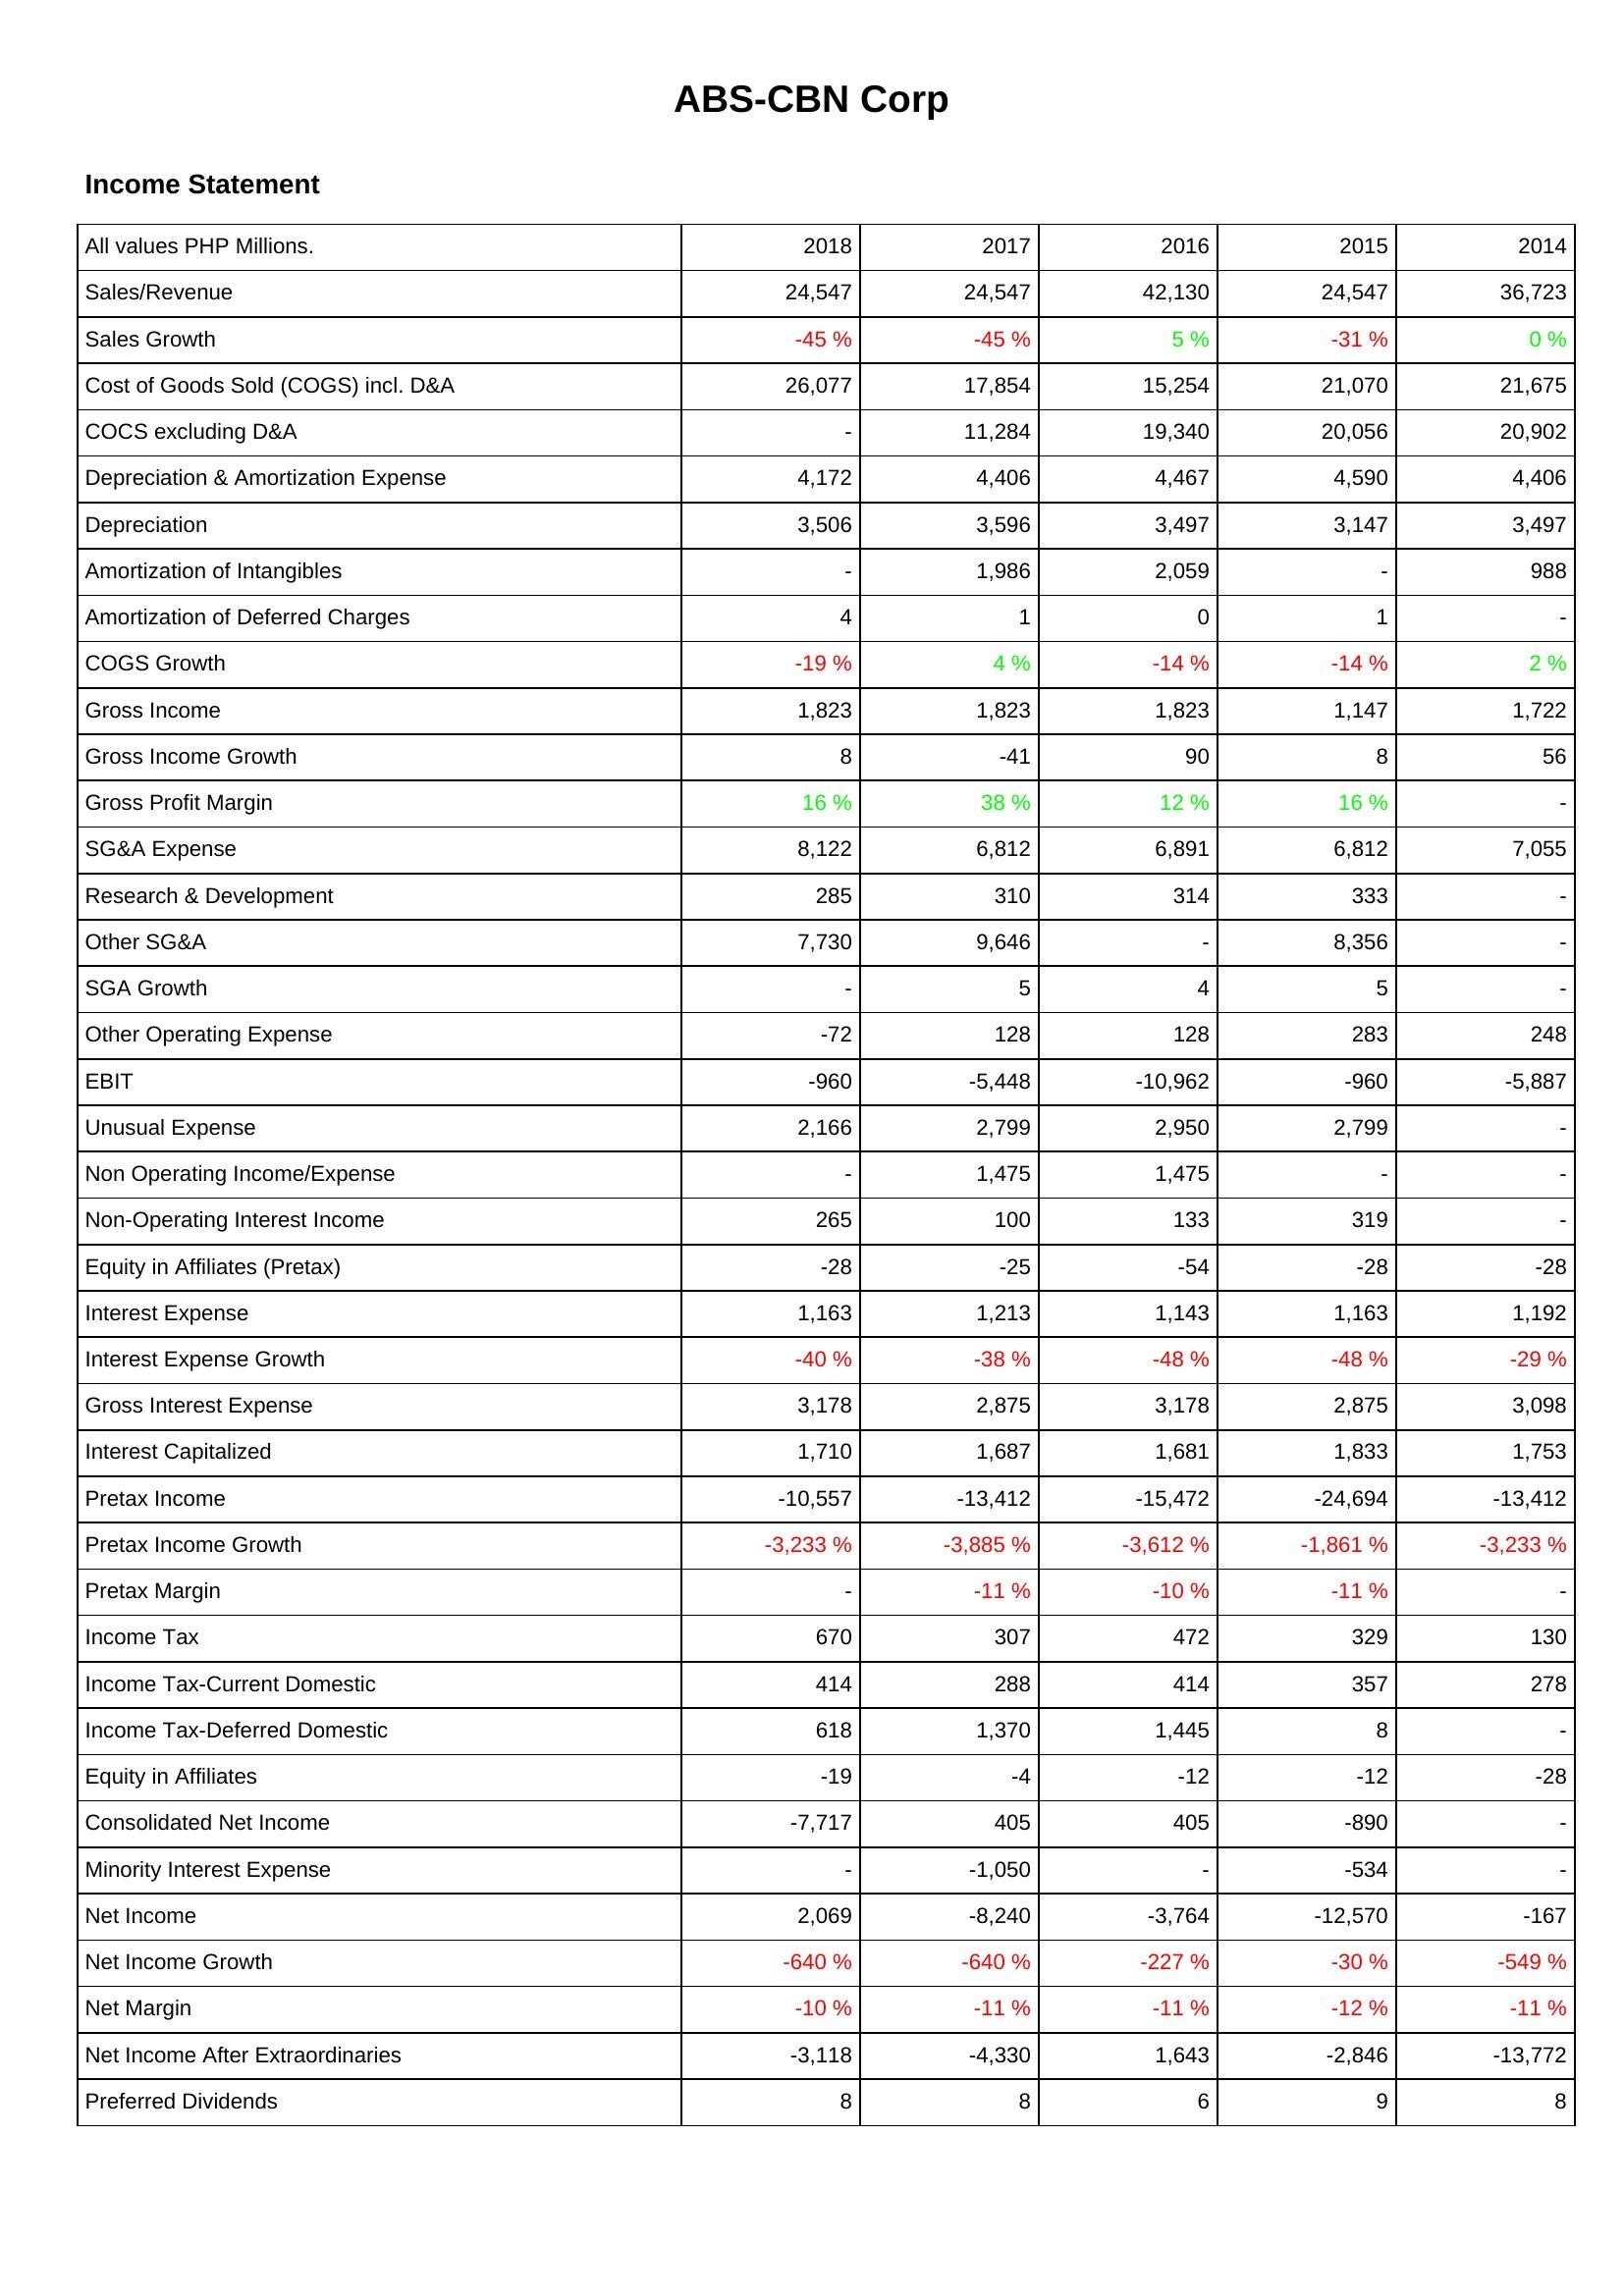
2018: Income Statement: Sales/Revenue: 24,547
Sales Growth: -45 %
Cost of Goods Sold (COGS) incl. D&A: 26,077
COCS excluding D&A: -
Depreciation & Amortization Expense: 4,172
Depreciation: 3,506
Amortization of Intangibles: -
Amortization of Deferred Charges: 4
COGS Growth: -19 %
Gross Income: 1,823
Gross Income Growth: 8
Gross Profit Margin: 16 %
SG&A Expense: 8,122
Research & Development: 285
Other SG&A: 7,730
SGA Growth: -
Other Operating Expense: -72
EBIT: -960
Unusual Expense: 2,166
Non Operating Income/Expense: -
Non-Operating Interest Income: 265
Equity in Affiliates (Pretax): -28
Interest Expense: 1,163
Interest Expense Growth: -40 %
Gross Interest Expense: 3,178
Interest Capitalized: 1,710
Pretax Income: -10,557
Pretax Income Growth: -3,233 %
Pretax Margin: -
Income Tax: 670
Income Tax-Current Domestic: 414
Income Tax-Deferred Domestic: 618
Equity in Affiliates: -19
Consolidated Net Income: -7,717
Minority Interest Expense: -
Net Income: 2,069
Net Income Growth: -640 %
Net Margin: -10 %
Net Income After Extraordinaries: -3,118
Preferred Dividends: 8
2017: Income Statement: Sales/Revenue: 24,547
Sales Growth: -45 %
Cost of Goods Sold (COGS) incl. D&A: 17,854
COCS excluding D&A: 11,284
Depreciation & Amortization Expense: 4,406
Depreciation: 3,596
Amortization of Intangibles: 1,986
Amortization of Deferred Charges: 1
COGS Growth: 4 %
Gross Income: 1,823
Gross Income Growth: -41
Gross Profit Margin: 38 %
SG&A Expense: 6,812
Research & Development: 310
Other SG&A: 9,646
SGA Growth: 5
Other Operating Expense: 128
EBIT: -5,448
Unusual Expense: 2,799
Non Operating Income/Expense: 1,475
Non-Operating Interest Income: 100
Equity in Affiliates (Pretax): -25
Interest Expense: 1,213
Interest Expense Growth: -38 %
Gross Interest Expense: 2,875
Interest Capitalized: 1,687
Pretax Income: -13,412
Pretax Income Growth: -3,885 %
Pretax Margin: -11 %
Income Tax: 307
Income Tax-Current Domestic: 288
Income Tax-Deferred Domestic: 1,370
Equity in Affiliates: -4
Consolidated Net Income: 405
Minority Interest Expense: -1,050
Net Income: -8,240
Net Income Growth: -640 %
Net Margin: -11 %
Net Income After Extraordinaries: -4,330
Preferred Dividends: 8
2016: Income Statement: Sales/Revenue: 42,130
Sales Growth: 5 %
Cost of Goods Sold (COGS) incl. D&A: 15,254
COCS excluding D&A: 19,340
Depreciation & Amortization Expense: 4,467
Depreciation: 3,497
Amortization of Intangibles: 2,059
Amortization of Deferred Charges: 0
COGS Growth: -14 %
Gross Income: 1,823
Gross Income Growth: 90
Gross Profit Margin: 12 %
SG&A Expense: 6,891
Research & Development: 314
Other SG&A: -
SGA Growth: 4
Other Operating Expense: 128
EBIT: -10,962
Unusual Expense: 2,950
Non Operating Income/Expense: 1,475
Non-Operating Interest Income: 133
Equity in Affiliates (Pretax): -54
Interest Expense: 1,143
Interest Expense Growth: -48 %
Gross Interest Expense: 3,178
Interest Capitalized: 1,681
Pretax Income: -15,472
Pretax Income Growth: -3,612 %
Pretax Margin: -10 %
Income Tax: 472
Income Tax-Current Domestic: 414
Income Tax-Deferred Domestic: 1,445
Equity in Affiliates: -12
Consolidated Net Income: 405
Minority Interest Expense: -
Net Income: -3,764
Net Income Growth: -227 %
Net Margin: -11 %
Net Income After Extraordinaries: 1,643
Preferred Dividends: 6
2015: Income Statement: Sales/Revenue: 24,547
Sales Growth: -31 %
Cost of Goods Sold (COGS) incl. D&A: 21,070
COCS excluding D&A: 20,056
Depreciation & Amortization Expense: 4,590
Depreciation: 3,147
Amortization of Intangibles: -
Amortization of Deferred Charges: 1
COGS Growth: -14 %
Gross Income: 1,147
Gross Income Growth: 8
Gross Profit Margin: 16 %
SG&A Expense: 6,812
Research & Development: 333
Other SG&A: 8,356
SGA Growth: 5
Other Operating Expense: 283
EBIT: -960
Unusual Expense: 2,799
Non Operating Income/Expense: -
Non-Operating Interest Income: 319
Equity in Affiliates (Pretax): -28
Interest Expense: 1,163
Interest Expense Growth: -48 %
Gross Interest Expense: 2,875
Interest Capitalized: 1,833
Pretax Income: -24,694
Pretax Income Growth: -1,861 %
Pretax Margin: -11 %
Income Tax: 329
Income Tax-Current Domestic: 357
Income Tax-Deferred Domestic: 8
Equity in Affiliates: -12
Consolidated Net Income: -890
Minority Interest Expense: -534
Net Income: -12,570
Net Income Growth: -30 %
Net Margin: -12 %
Net Income After Extraordinaries: -2,846
Preferred Dividends: 9
2014: Income Statement: Sales/Revenue: 36,723
Sales Growth: 0 %
Cost of Goods Sold (COGS) incl. D&A: 21,675
COCS excluding D&A: 20,902
Depreciation & Amortization Expense: 4,406
Depreciation: 3,497
Amortization of Intangibles: 988
Amortization of Deferred Charges: -
COGS Growth: 2 %
Gross Income: 1,722
Gross Income Growth: 56
Gross Profit Margin: -
SG&A Expense: 7,055
Research & Development: -
Other SG&A: -
SGA Growth: -
Other Operating Expense: 248
EBIT: -5,887
Unusual Expense: -
Non Operating Income/Expense: -
Non-Operating Interest Income: -
Equity in Affiliates (Pretax): -28
Interest Expense: 1,192
Interest Expense Growth: -29 %
Gross Interest Expense: 3,098
Interest Capitalized: 1,753
Pretax Income: -13,412
Pretax Income Growth: -3,233 %
Pretax Margin: -
Income Tax: 130
Income Tax-Current Domestic: 278
Income Tax-Deferred Domestic: -
Equity in Affiliates: -28
Consolidated Net Income: -
Minority Interest Expense: -
Net Income: -167
Net Income Growth: -549 %
Net Margin: -11 %
Net Income After Extraordinaries: -13,772
Preferred Dividends: 8